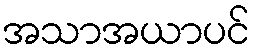
အသာအယာပင်